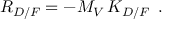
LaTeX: R _ { D / F } = - M _ { V } \, K _ { D / F } \, \, \, .